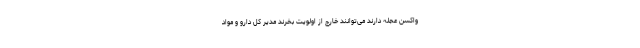
واکسن عجله دارند می‌توانند خارج از اولویت بخرند مدیر کل دارو و مواد